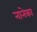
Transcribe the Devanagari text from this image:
नानेका